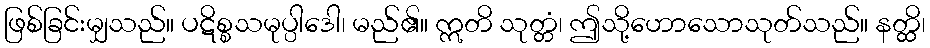
ဖြစ်ခြင်းမျှသည်။ ပဋိစ္စသမုပ္ပါဒေါ၊ မည်၏။ ဣတိ သုတ္တံ၊ ဤသို့ဟောသောသုတ်သည်။ နတ္ထိ၊